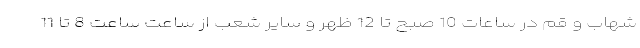
شهاب و قم در ساعات 10 صبح تا 12 ظهر و سایر شعب از ساعت ساعت 8 تا 11